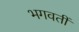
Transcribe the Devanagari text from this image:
भगवतीं